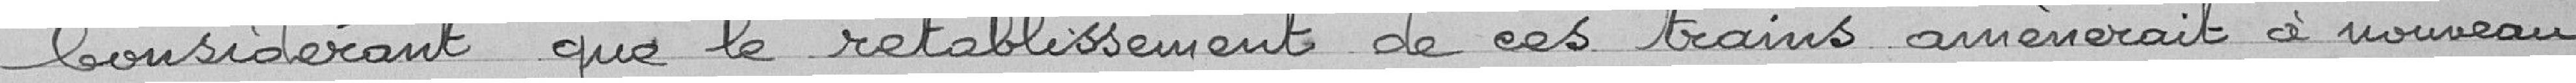
Considérant que le rétablissement de ces trains amènerait  à nouveau